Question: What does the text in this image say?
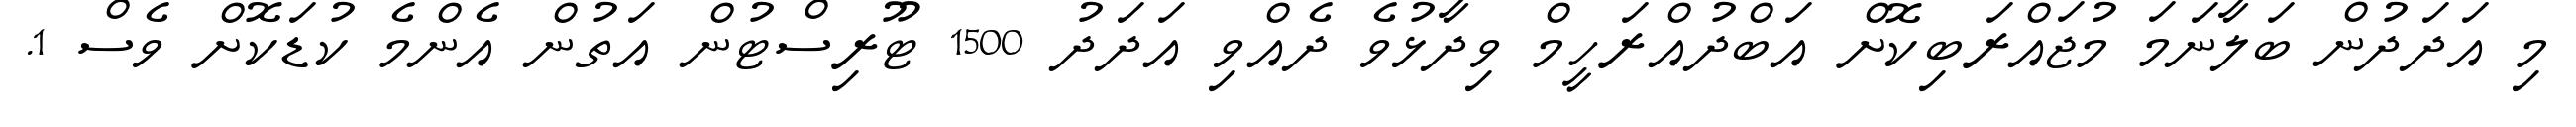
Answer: މި އަދަދުން ބަލާނަމަ މުޖައްރަބިކޮށް އަބްދުއްރަހީމް ވިދާޅުވެ ދެއްވި އަދަދު 1500 ޓޫރިސްޓުން އަތުން އެންމެ ކުޑަކޮށް ވެސް 1.